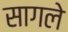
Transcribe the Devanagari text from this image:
सागले